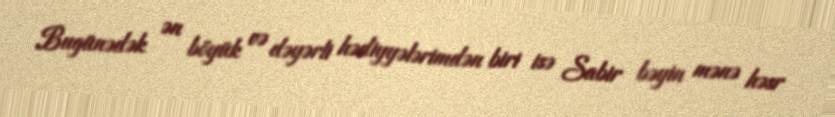
Bugünədək ən böyük və dəyərli hədiyyələrimdən biri isə Sabir bəyin mənə həsr